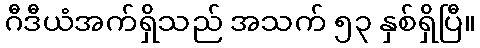
ဂီဒီယံအက်ရှိသည် အသက် ၅၃ နှစ်ရှိပြီ။